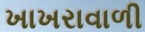
ખાખરાવાળી